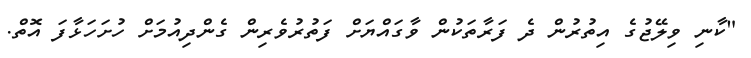
"ކާނި ވިލޭޖުގެ އިތުރުން ދެ ފަރާތަކުން ވާގައްޔަށް ފަތުރުވެރިން ގެންދިއުމަށް ހުށަހަޅާފަ އޮތް.